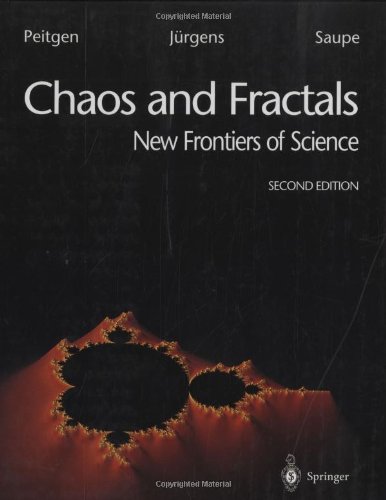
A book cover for Chaos and Fractals: New Frontiers of Science; Heinz-Otto Peitgen; Science & Math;